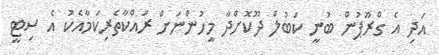
އަދި އެ ގްރޫޕުން ބުނީ ކަބުލް ދޫކޮށްދާ މީހުންނަށް ރައްކާތެރިކަމާއެކު އެ ސިޓީ